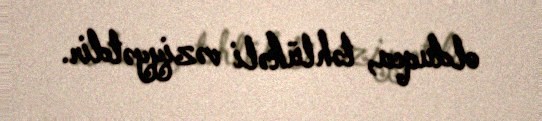
olduqca, təhlükəli vəziyyətdir.